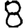
Digit: 8